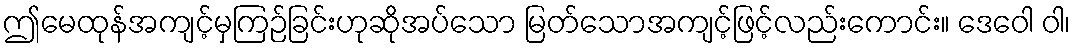
ဤမေထုန်အကျင့်မှကြဉ်ခြင်းဟုဆိုအပ်သော မြတ်သောအကျင့်ဖြင့်လည်းကောင်း။ ဒေဝေါ ဝါ၊